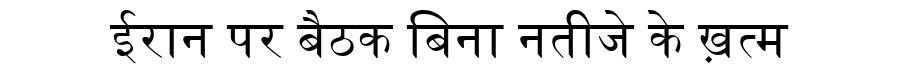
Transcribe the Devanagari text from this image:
ईरान पर बैठक बिना नतीजे के ख़त्म